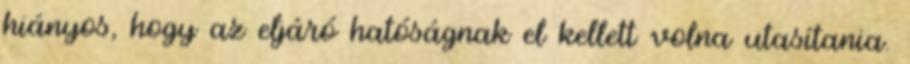
hiányos, hogy az eljáró hatóságnak el kellett volna utasítania.